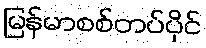
မြန်မာစစ်တပ်ပိုင်